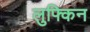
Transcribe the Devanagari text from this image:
लुफ्किन